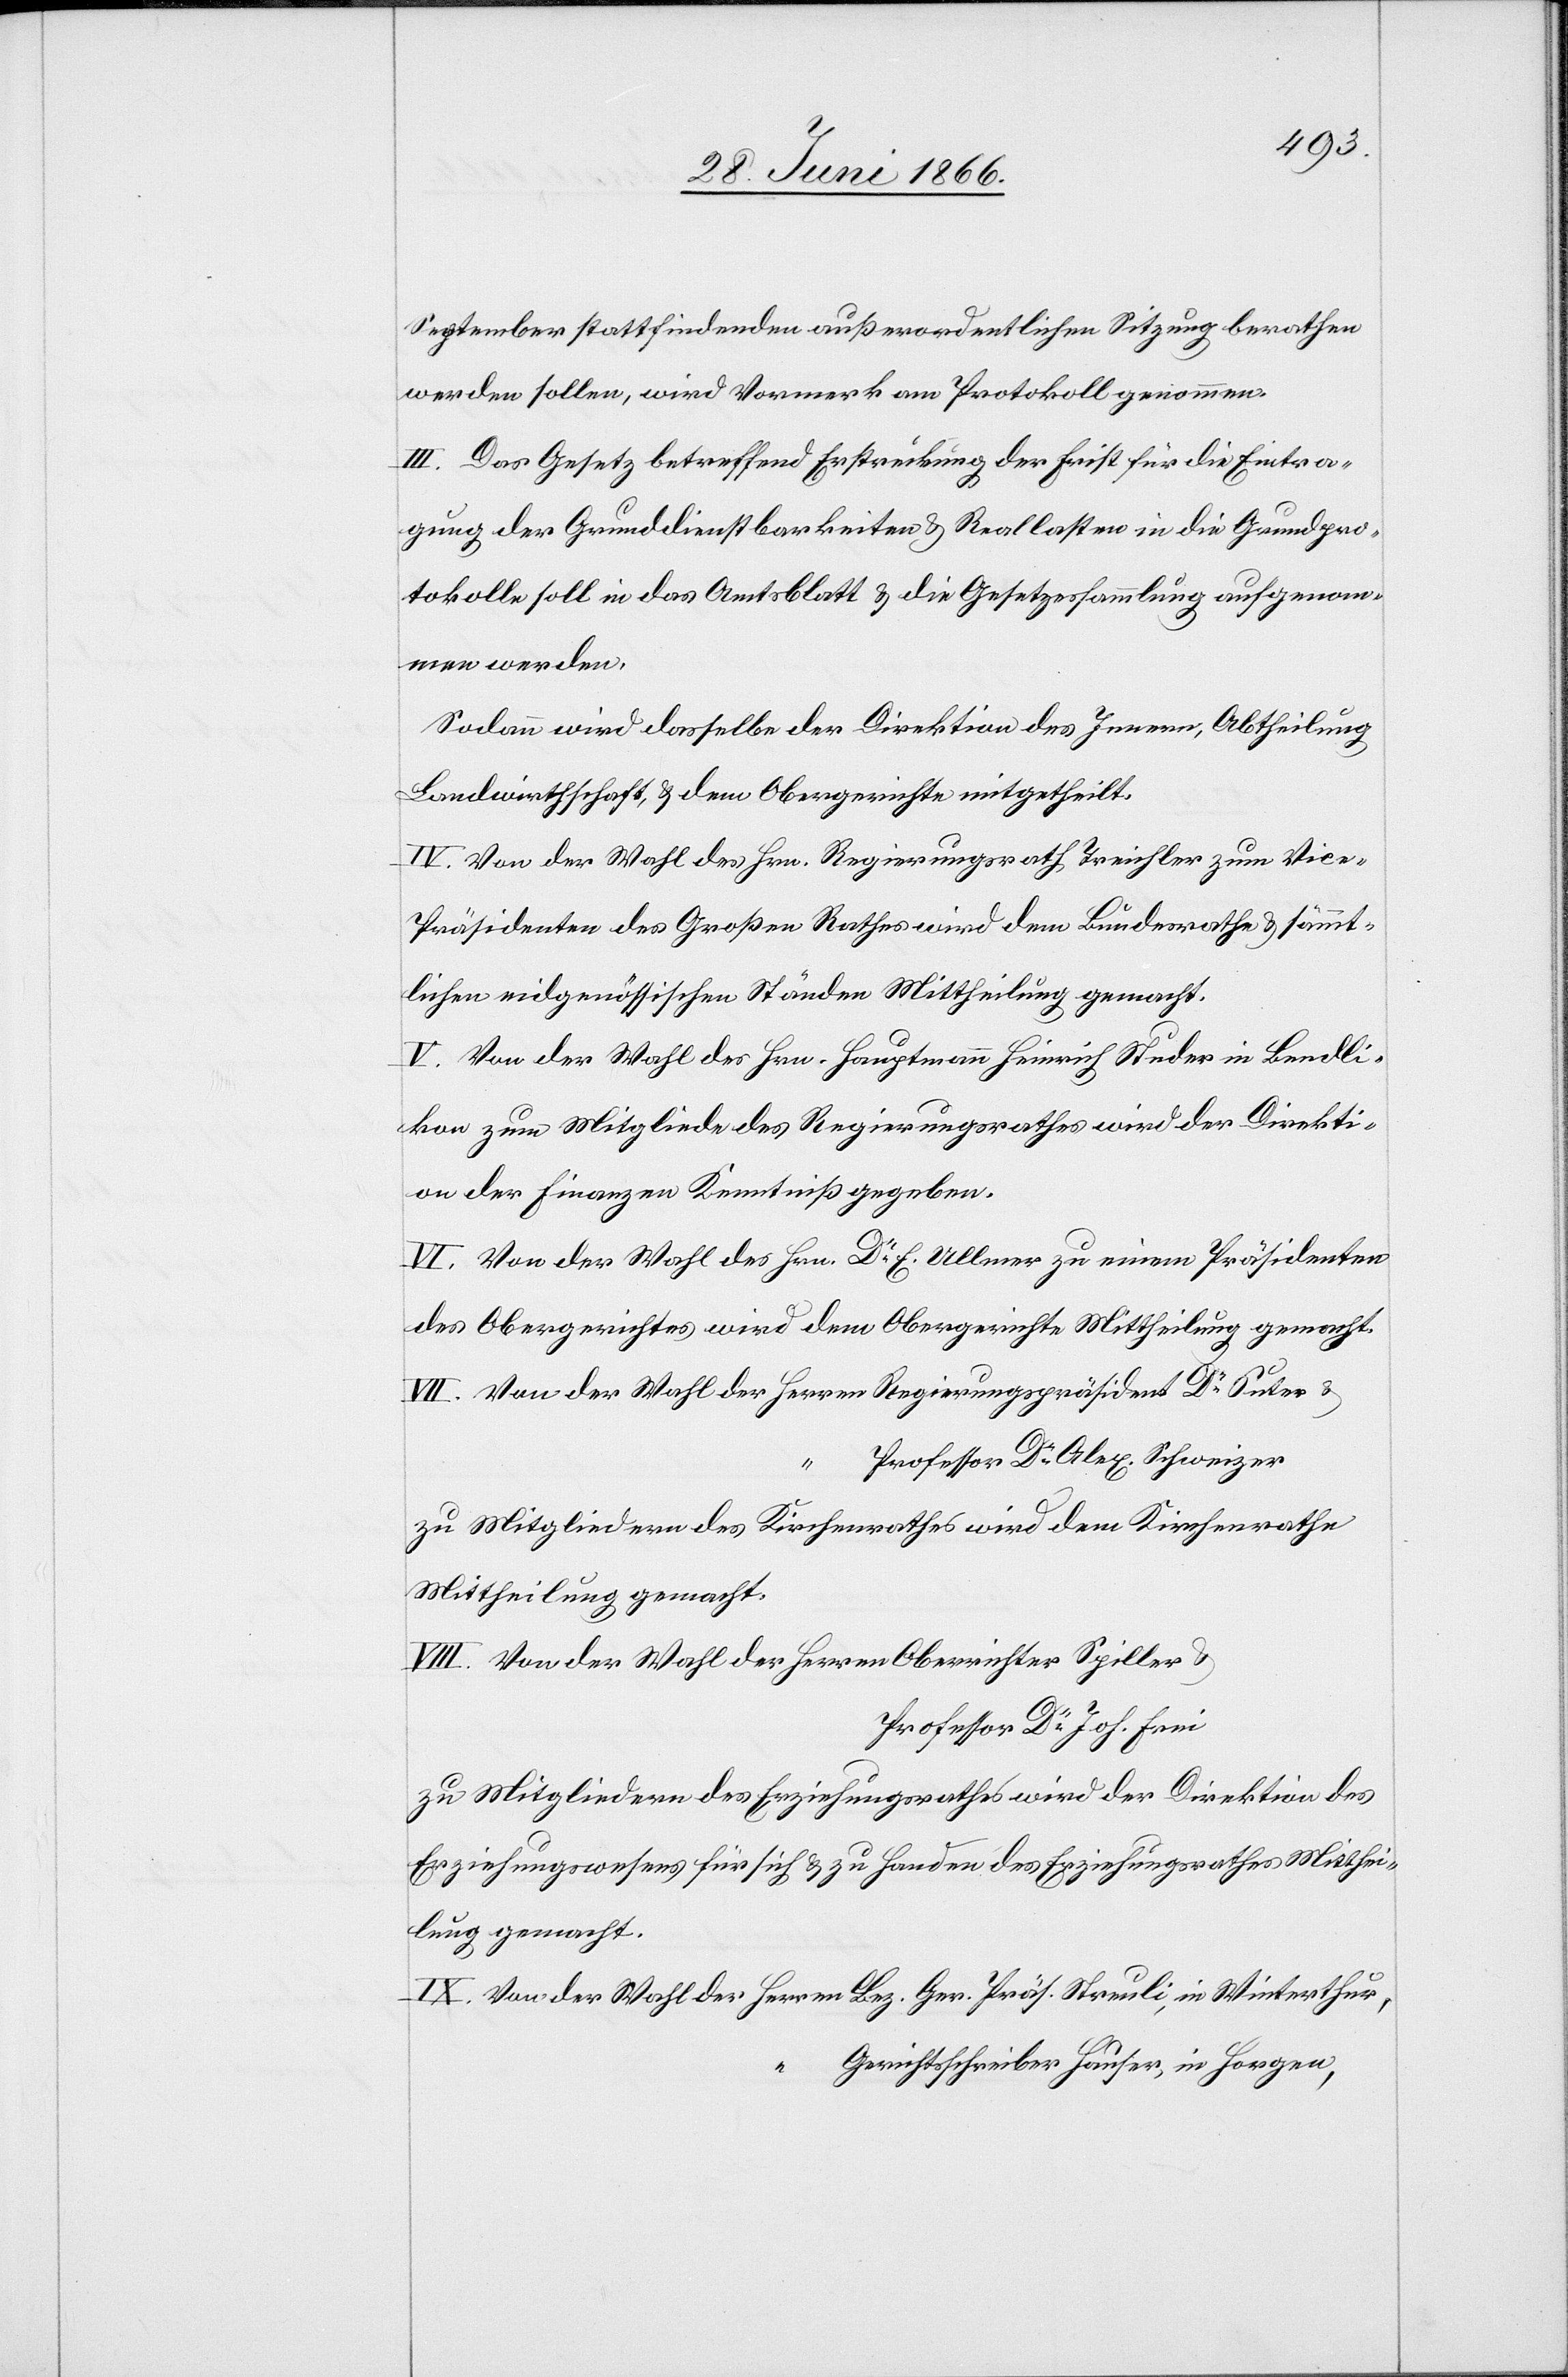
September stattfindenden außerordentlichen Sitzung berathen
werden sollen, wird Vormerk am Protokoll genommen.
III. Das Gesetz betreffend Erstreckung der Frist für die Eintra¬
gung der Grunddienstbarkeiten u. Reallasten in die Grundpro¬
tokolle soll in das Amtsblatt u. die Gesetzessammlung aufgenom¬
men werden.
Sodann wird dasselbe der Direktion des Innern, Abtheilung
Landwirthschaft u. dem Obergerichte mitgetheilt.
IV. Von der Wahl des Hrn. Regierungsrath Treichler zum Vic¬
e-Präsidenten des Großen Rathes wird dem Bundesrathe u. sämmt¬
lichen eidgenössischen Ständen Mittheilung gemacht.
V. Von der Wahl des Hrn. Hauptmann Heinrich Studer in Bendli¬
kon zum Mitglied des Regierungsrathes wird der Direkti¬
on der Finanzen Kenntniß gegeben.
VI. Von der Wahl des Hrn. Dr. E. Ullmer zu einem Präsidenten
des Obergerichtes wird dem Obergerichte Mittheilung gemacht.
Professor Dr.Alex. Schweizer
zu Mitgliedern des Kirchenrathes wird dem Kirchenrathe
Mittheilung gemacht.
Professor Dr. Joh. Frei
zu Mitgliedern des Erziehungsrathes wird der Direktion des
Erziehungswesens für sich u. zu Handen des Erziehungsrathes Mitthei¬
lung gemacht.
Gerichtsschreiber Hauser, in Horgen,